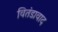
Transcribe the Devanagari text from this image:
वितंडावाद